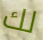
لك